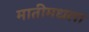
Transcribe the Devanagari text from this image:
मातीमधला